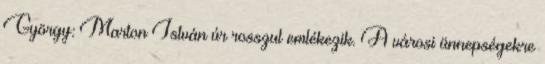
György: Marton István úr rosszul emlékezik. A városi ünnepségekre